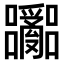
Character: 𫬽